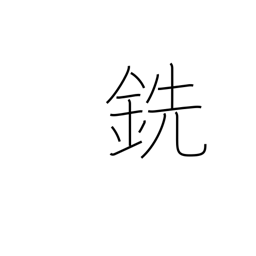
Meaning: pig iron